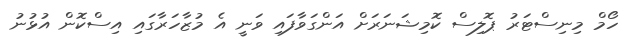
ހޯމް މިނިސްޓަރު ޕޮލިސް ކޮމިޝަނަރަށް އަންގަވާފައި ވަނީ އެ މުޒާހަރާގައި އިސްކޮން އުޅުނު